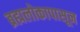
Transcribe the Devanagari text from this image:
ब्रह्मलोकापासून